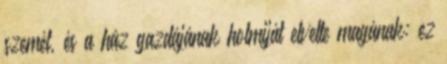
szemét, és a ház gazdájának holmiját elvette magának: ez